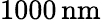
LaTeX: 1000\, \mathrm{nm}